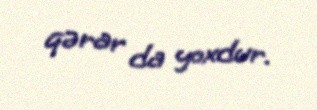
qərar da yoxdur.